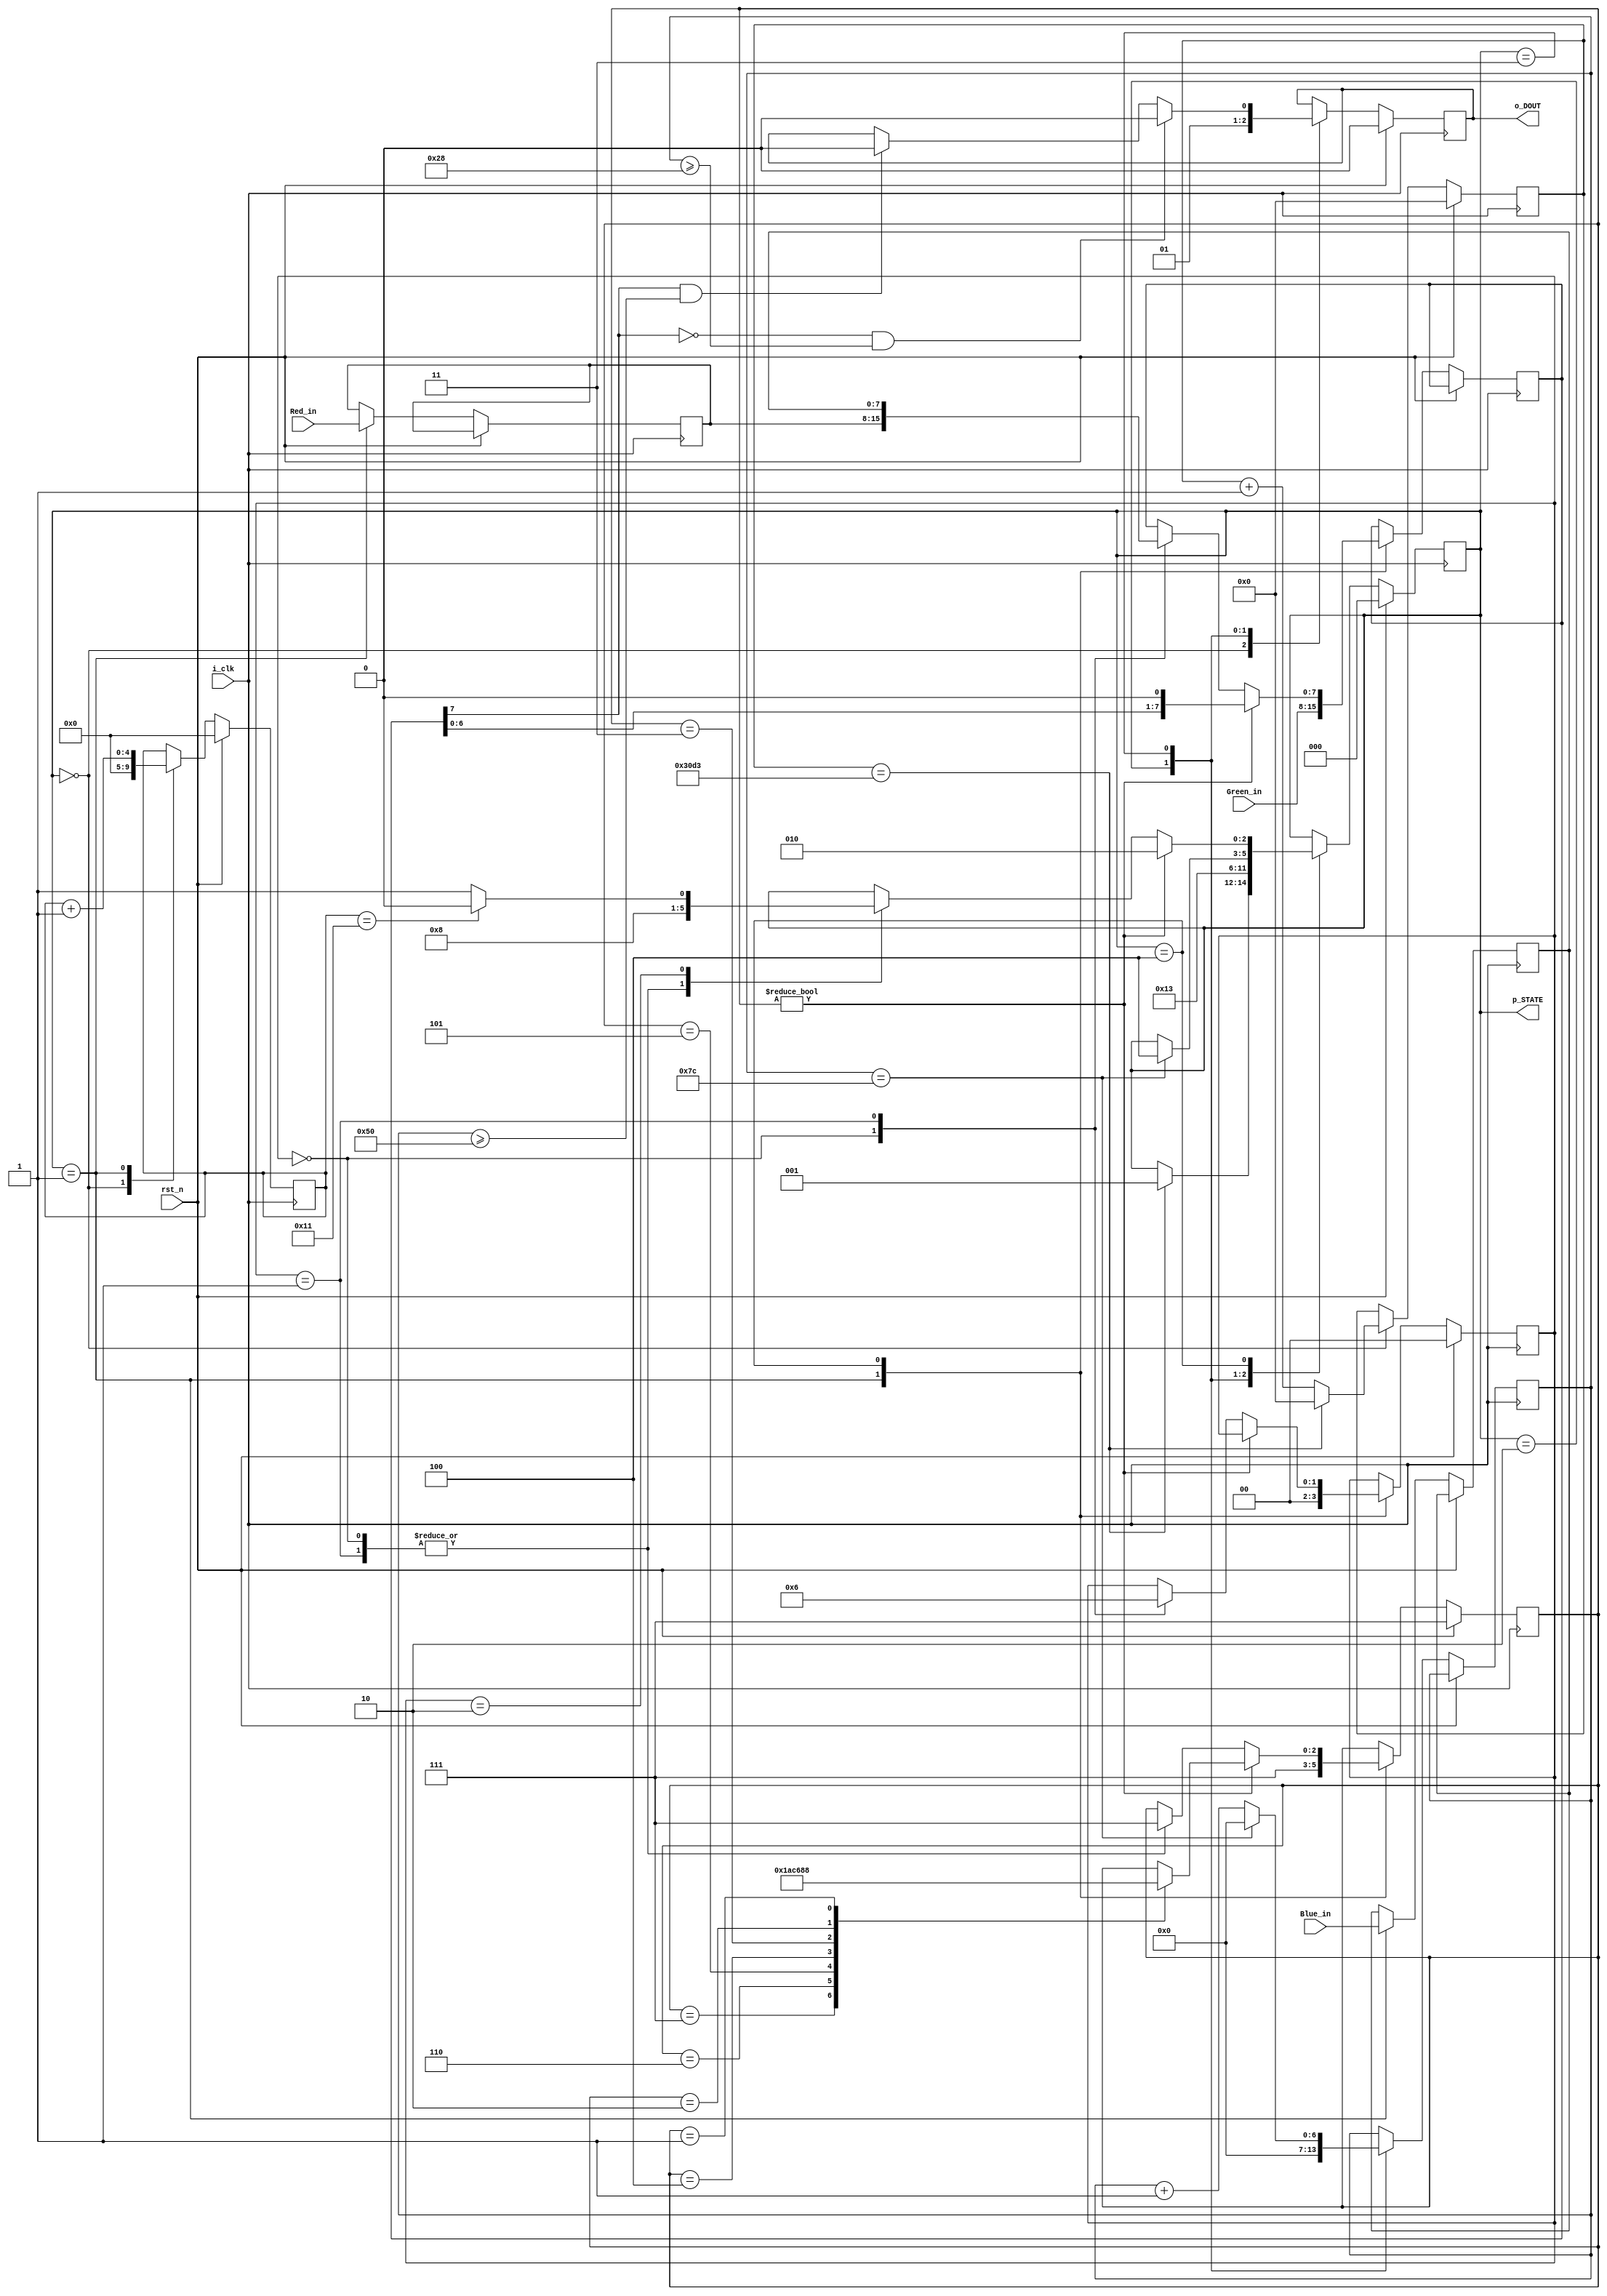
`timescale 1ns / 1ps
//////////////////////////////////////////////////////////////////////////////////
// Company: 
// Engineer: 
// 
// Design Name: 
// Module Name: LED_SWTICHING
// Project Name: 
// Target Devices: 
// Tool Versions: 
// Description: 
// 
// Dependencies: 
// 
// Revision:
// Revision 0.01 - File Created
// Additional Comments:
// 
//////////////////////////////////////////////////////////////////////////////////
//FPGA CLK = 100MHZ 
///data is transmitted at 800 KHZ 
//REQUIRED CLK COUNT = 100MHZ/800 KHZ == 125  ns 
///clk cnt width == 2^7 = 128 ns // //7 enough for counting till 125 ns //
//every 50 microseconds the operation is resetted 
///DATA transfer time is 1.25 us == 125 ns 
///T_1H (1 code  , high time  = 0.8 us == 80 ns //
///T_0H(o code high time = 0.4 us    == 40 ns //
///T_0L (0 code low time = 0.85 us == 85 ns 
//T_1L  (1 code low time = 0.45 us == 45 ns //
//the DO line goes high for 80 ns and low for 40 ns //
/// COUNT_HIGH_VAL = CLK_CNT *0.64  = 80 ns 
// COUNT_LOW_VAL = CLK_CNT * 0.32 = 40 ns
 
`define TX_RATE 800_000           ///800 KHZ
`define FPGA_CLK 100_000_000       ///100 MHZ 
`define CNT_WID 5
module LED_SWTICHING(
input i_clk , 
input rst_n , 
input [7:0] Red_in , 
input [7:0] Green_in , 
input [7:0] Blue_in , 
output reg o_DOUT ,
output reg [2:0] p_STATE 

    );


parameter CLK_CNT  = `FPGA_CLK / `TX_RATE ;  ////125//
parameter CLK_DIV_WIDTH  =   7;
integer  CNT_HIGH_PULSE = CLK_CNT * 0.64 ;       ///80 ns 
integer  CNT_LOW_PULSE  = CLK_CNT * 0.32 ;       ///40 ns//


parameter RESET_CNT  = CLK_CNT * 100    ;   ///125 *100 = 1250 //
parameter RESET_CNT_WIDTH = 14   ;

///fsm states 
parameter RESET = 3'b000, 
          LATCH_DATA = 3'b001, 
          SET_DO = 3'b010,
          TX_DATA = 3'b011, 
          CHECK_STATUS = 3'b100;
          
parameter GREEN = 2'b00 ,  
          RED   = 2'b01 , 
          BLUE  = 2'b10 ;         
 
reg [13:0] Reset_cnt = 0 ;          
reg [2:0] current_bit_index = 0;       ///tells which current bit of color is being counted by DO line //
reg [7:0] current_byte ;       ///which color byte (RGB ) is being processed//
reg [1:0] o_color  = 0;       ///reg for stroing which of the RGB signals is processed in frame strips //
reg [6:0] clk_div = 0;      ///clk div reg //
reg [7:0] o_green  , o_red  , o_blue ;
reg [4:0] address_led  ; 
wire   current_address   ; 


assign o_cnt_en = (address_led == 0) ? 1'b1 : 1'b0;

always @(posedge i_clk)
     begin
       if (rst_n)                 //active high reset //
          begin
             o_DOUT <= 0;
             p_STATE <= RESET ;
             o_color = GREEN ;
             Reset_cnt <= 0;
             address_led <= 0;   
             current_bit_index <= 3'b111;
            end 
         else 
            begin
                   case (p_STATE )
      RESET :    begin
                o_DOUT <= 1'b0;
                address_led <= 0;
                   if (Reset_cnt == (RESET_CNT-1)) begin
                      Reset_cnt<= 1'b0;
                   //   address_led <= 0;
                      p_STATE <= LATCH_DATA ;
                   end    
                     else
                      Reset_cnt <= Reset_cnt + 1'b1 ;
                  end 
     LATCH_DATA : begin
                     
                     o_red <= Red_in ;
                     o_blue <= Blue_in ;
                     current_bit_index <= 3'b111;
                     current_byte <= Green_in ;
                     address_led <= address_led + 1'b1 ;
                     o_color <= GREEN ;
                     p_STATE <= SET_DO ;
                 end                                              
      SET_DO     : begin
                     o_DOUT <= 1'b1;
                     clk_div = 0;
                     p_STATE <= TX_DATA ;  
                    end  
     TX_DATA      :   begin
                         if ((current_byte[7] == 0) && (clk_div >= CNT_LOW_PULSE ))begin
                                o_DOUT <= 1'b0;
                         end        
                        else   if  ((current_byte[7] == 1) && (clk_div >=CNT_HIGH_PULSE))begin
                              o_DOUT <= 1'b0; 
                            end 
                          
                         if ( clk_div== CLK_CNT-1) begin
                             clk_div <= 0;
                             p_STATE <= CHECK_STATUS ;
                           end
                         else
                            clk_div <= clk_div + 1'b1 ;
                          //  p_STATE <= TX_DATA ;
                    end                    
                                      
     CHECK_STATUS :   begin
                            if (current_bit_index!=0) begin
                                current_byte <=  {current_byte , 1'b0} ;
                                  case (current_bit_index)
                                   3'b111 : current_bit_index <= 3'b110;
                                   3'b110:  current_bit_index <= 3'b101;
                                   3'b101:  current_bit_index <= 3'b100;
                                   3'b100:  current_bit_index <= 3'b011;
                                   3'b011:  current_bit_index <= 3'b010;
                                   3'b010:  current_bit_index <= 3'b001;
                                   3'b001:  current_bit_index <= 3'b000;
                                   endcase
                                    p_STATE <= SET_DO ;  
                                 end
                            else   
                                     begin
                                      ///if the current bit[7] == 0 , then move the next color strip //     
                                             case (o_color)
                                             GREEN :  begin 
                                                      current_bit_index <= 3'b111 ;
                                                       o_color <= RED ;
                                                       current_byte <= o_red  ;
                                                       p_STATE <= SET_DO ;
                                                       end 
                                             RED :    begin
                                                     current_bit_index <= 3'b111;
                                                      o_color <= BLUE ; 
                                                      current_byte <= o_blue ;
                                                      p_STATE <= SET_DO ;
                                                       end
                                             BLUE :    begin
                                                        if (address_led == 5'b10001)
                                                            p_STATE <= RESET ;
                                                         else
                                                           p_STATE <= LATCH_DATA ;          //latch new data //
                                                      end 
                                             endcase
                                            end 
                                        end
                   endcase
            end                
                                
            end                   
   assign current_address = ((p_STATE == SET_DO)|| (current_bit_index == 3'b111));    
                      
                                        
endmodule